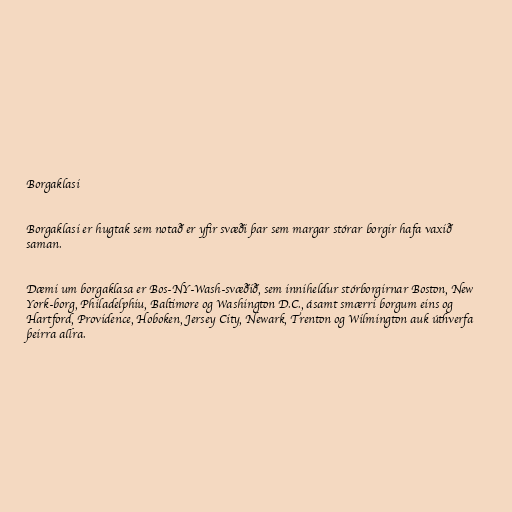
Borgaklasi

Borgaklasi er hugtak sem notað er yfir svæði þar sem margar stórar borgir hafa vaxið
saman.

Dæmi um borgaklasa er Bos-NY-Wash-svæðið, sem inniheldur stórborgirnar Boston, New
York-borg, Philadelphiu, Baltimore og Washington D.C., ásamt smærri borgum eins og
Hartford, Providence, Hoboken, Jersey City, Newark, Trenton og Wilmington auk úthverfa
þeirra allra.